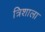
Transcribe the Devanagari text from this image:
त्रिशाला